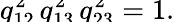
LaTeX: \smash{q_{12}^{2}\, q_{13}^{2}\, q_{23}^{2}}=1.